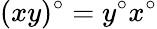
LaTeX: (xy)^{\circ}=y^{\circ}x^{\circ}